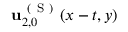
\mathbf { u } _ { 2 , 0 } ^ { \mathrm { ~ ( ~ S ~ ) ~ } } ( x - t , y )